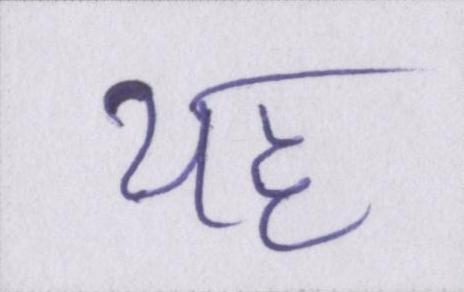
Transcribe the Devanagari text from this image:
यह